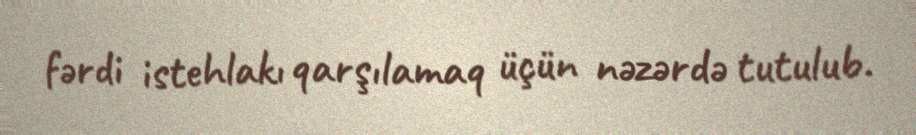
fərdi istehlakı qarşılamaq üçün nəzərdə tutulub.